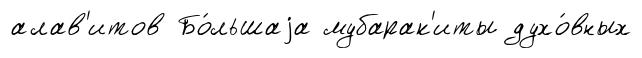
алав'итов Бо́льшаjа мубарак'иты духо́вных